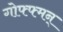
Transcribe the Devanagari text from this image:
गोफ्फ्मन्